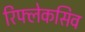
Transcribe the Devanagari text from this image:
रिफ्लेकसिव